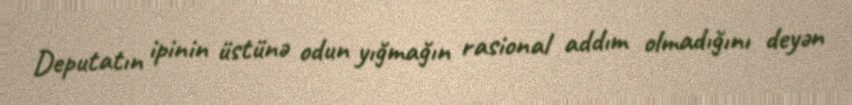
Deputatın ipinin üstünə odun yığmağın rasional addım olmadığını deyən